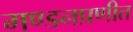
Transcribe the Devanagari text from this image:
मण्डनप्रणीत